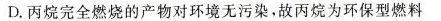
D.丙烷完全燃烧的产物对环境无污染。故丙烷为环保型燃料